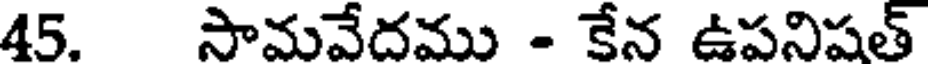
45. సామవేదము - కేన ఉపనిషత్